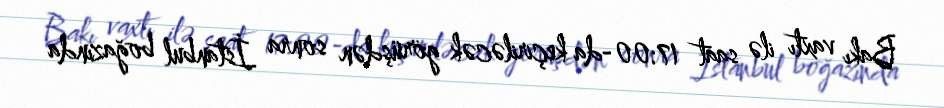
Bakı vaxtı ilə saat 17:00-da keçiriləcək görüşdən sonra İstanbul boğazında